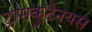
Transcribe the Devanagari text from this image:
ट्रांसकुटैनयस